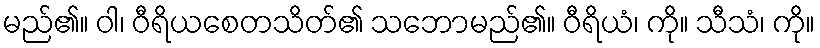
မည်၏။ ဝါ၊ ဝီရိယစေတသိတ်၏ သဘောမည်၏။ ဝီရိယံ၊ ကို။ သီသံ၊ ကို။